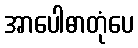
အာပေါဓာတုံပေ